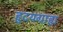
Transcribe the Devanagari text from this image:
हृदयग्राह्य